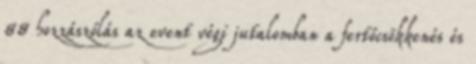
88 hozzászólás az event végi jutalomban a fertőcsökkenés és